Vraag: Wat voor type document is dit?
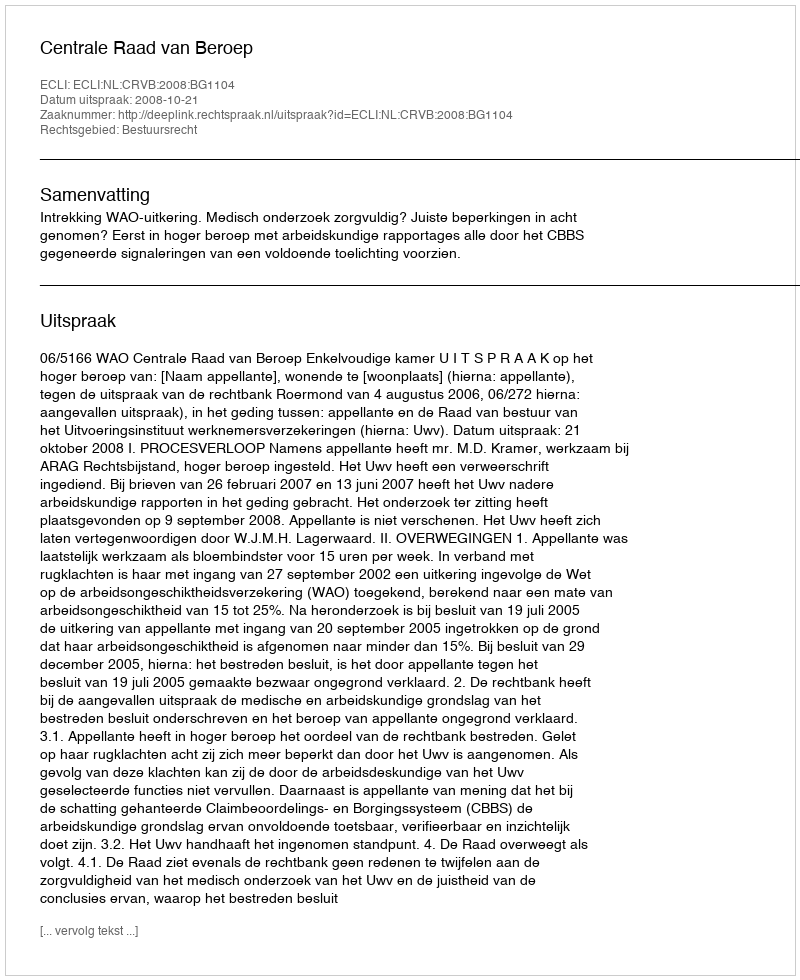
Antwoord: Uitspraak